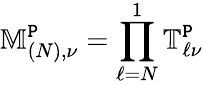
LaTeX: \mathbb{M}_{(N),\nu}^{\mathtt{P}}=\prod_{\ell=N}^{1}\mathbb{T}_{\ell\nu}^{\mathtt{P}}